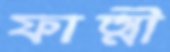
ফাত্মী